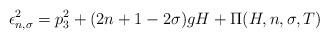
LaTeX: \begin{align*} \epsilon^2_{n,\sigma} = p^2_3 + (2n +1 - 2\sigma) gH + \Pi(H, n,\sigma, T)\end{align*}